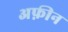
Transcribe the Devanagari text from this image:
अफ़ीन